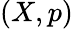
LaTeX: (X,p)